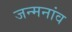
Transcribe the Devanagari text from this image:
जन्मनांव